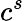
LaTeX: c^{s}